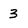
Character: 3